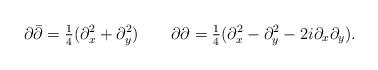
LaTeX: \begin{align*}\partial\bar{\partial}={\textstyle{\frac{1}{4}}}(\partial_x^2+\partial_y^2)\qquad\partial{\partial}={\textstyle{\frac{1}{4}}}(\partial_x^2-\partial_y^2-2i\partial_x\partial_y).\end{align*}